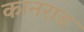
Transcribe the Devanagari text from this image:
कानराड